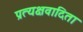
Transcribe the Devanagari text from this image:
प्रत्यक्षवादिता